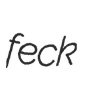
feck